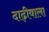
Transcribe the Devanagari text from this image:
दाढ़ीवाला